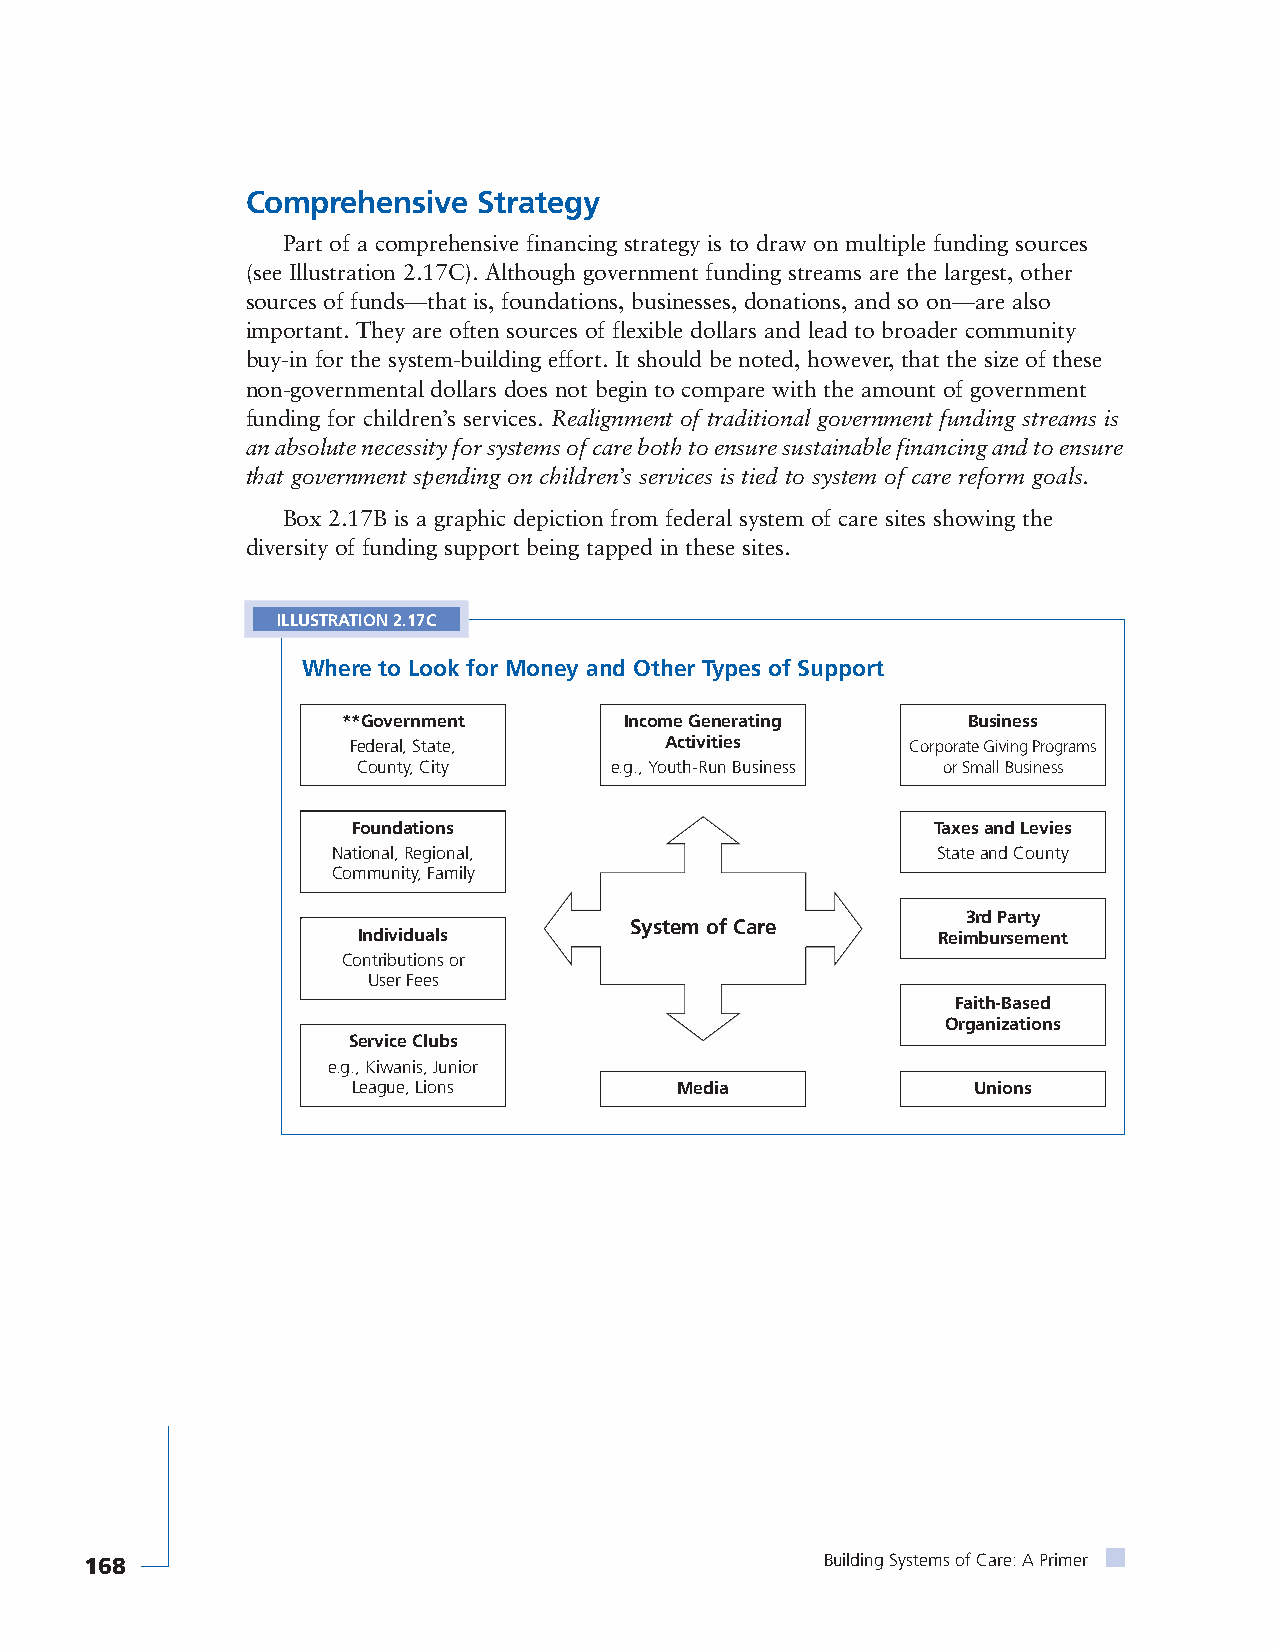
Comprehensive   Strategy
 Part of a comprehensive financing strategy is to draw on multiple funding sources
 (see Illustration 2.17C). Although government funding streams are the largest, other
 sources of funds—that is, foundations, businesses, donations, and so on—are also
 important. They are often sources of flexible dollars and lead to broader community
 buy-in for the system-building effort. It should be noted, however, that the size of these
 non-governmental dollars does not begin to compare with the amount of government
 funding for children’s services. Realignment of traditional government funding streams is
 an absolute necessity for systems of care both to ensure sustainable financing and to ensure
 that government spending on children’s services is tied to system of care reform goals.
 Box 2.17B is a graphic depiction from federal system of care sites showing the
 diversity of funding support being tapped in these sites.
 ILLUSTRATION 2.17C
 Where to Look for Money and Other Types of Support
 **Government      Income Generating      Business
 Federal, State,      Activities      Corporate Giving Programs
 County, City    e.g., Youth-Run Business or Small Business
 Foundations                            Taxes and Levies
 National, Regional,                     State and County
 Community, Family
 3rd Party
 System of Care
 Individuals                           Reimbursement
 Contributions or
 User Fees
 Faith-Based
 Organizations
 Service Clubs
 e.g., Kiwanis, Junior
 League, Lions         Media               Unions
 168                                              Building Systems of Care: A Primer